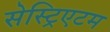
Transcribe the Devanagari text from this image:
सेस्ट्रिएटम